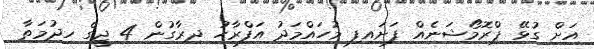
އަށް ގުޅޭ ޕްރޮމޯޝަނެއް ފަށައިފި މުހައްމަދު އަފްރާހު ދިރާގުން 4 ޖީގެ ހިދުމަތާ